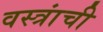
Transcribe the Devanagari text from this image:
वस्त्रांची